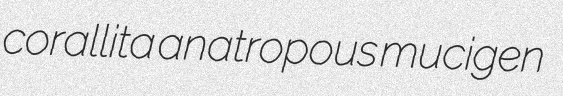
corallita anatropous mucigen